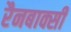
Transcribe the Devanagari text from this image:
रैनबाक्सी